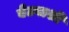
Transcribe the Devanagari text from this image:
बेटवाशी